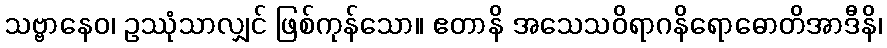
သဗ္ဗာနေဝ၊ ဥဿုံသာလျှင် ဖြစ်ကုန်သော။ ဧတာနိ အသေသဝိရာဂနိရောဓောတိအာဒီနိ၊